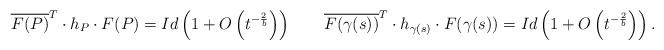
LaTeX: \begin{align*}\overline{F(P)}^T\cdot h_P \cdot F(P)= Id\left(1+ O\left(t^{-\frac{2}{b}}\right)\right)\ \ \ \ \ \ \overline{F(\gamma(s))}^T\cdot h_{\gamma(s)} \cdot F(\gamma(s))= Id\left(1+ O\left(t^{-\frac{2}{b}}\right)\right).\end{align*}